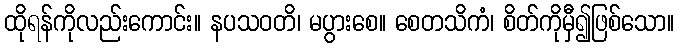
ထိုရန်ကိုလည်းကောင်း။ နပသဝတိ၊ မပွားစေ။ စေတသိကံ၊ စိတ်ကိုမှီ၍ဖြစ်သော။